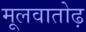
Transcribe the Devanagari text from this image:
मूलवातोढ़